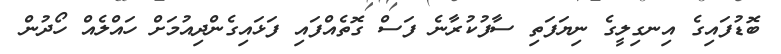
ބޮޑުފައިގެ އިނގިލީގެ ނިޔަފަތި ސާފުކުރާނެ ފަސް ގޮތެއްފައި ފަޅައިގެންދިއުމަށް ހައްލެއް ހޯދުން